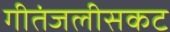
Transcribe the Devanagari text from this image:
गीतंजलीसकट